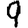
Digit: 9